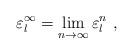
LaTeX: \begin{align*}\varepsilon_{l}^{\infty}=\displaystyle{\lim_{n\rightarrow\infty}\varepsilon_{l}^{n}}\ , \end{align*}